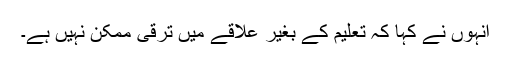
اُنہوں نے کہا کہ تعلیم کے بغیر علاقے میں ترقی ممکن نہیں ہے۔